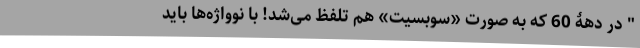
" در دهۀ 60 که به صورت «سوبسیت» هم تلفظ می‌شد! با نوواژه‌ها باید